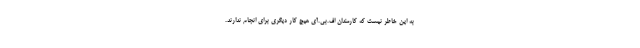
به این خاطر نیست که کارمندان اف.بی.آی هیچ کار دیگری برای انجام ندارند.